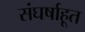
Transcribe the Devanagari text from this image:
संघर्षाहूत